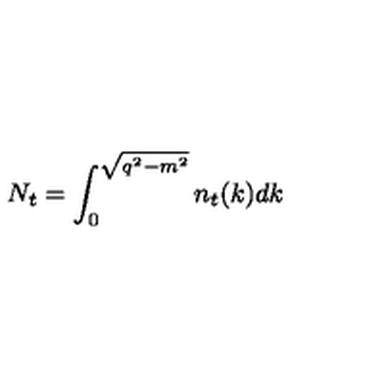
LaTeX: N _ { t } = \int _ { 0 } ^ { \sqrt { q ^ { 2 } - m ^ { 2 } } } n _ { t } ( k ) d k